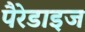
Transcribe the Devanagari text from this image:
पैरेडाइज